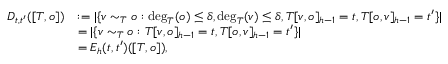
\begin{array} { r l } { D _ { t , t ^ { \prime } } ( [ T , o ] ) } & { : = | \{ v \sim _ { T } o : \deg _ { T } ( o ) \leq \delta , \deg _ { T } ( v ) \leq \delta , T [ v , o ] _ { h - 1 } = t , T [ o , v ] _ { h - 1 } = t ^ { \prime } \} | } \\ & { = | \{ v \sim _ { T } o : T [ v , o ] _ { h - 1 } = t , T [ o , v ] _ { h - 1 } = t ^ { \prime } \} | } \\ & { = E _ { h } ( t , t ^ { \prime } ) ( [ T , o ] ) , } \end{array}